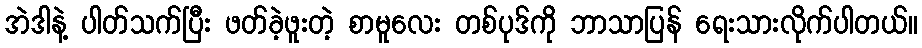
အဲဒါနဲ့ ပါတ်သက်ပြီး ဖတ်ခဲ့ဖူးတဲ့ စာမူလေး တစ်ပုဒ်ကို ဘာသာပြန် ရေးသားလိုက်ပါတယ်။